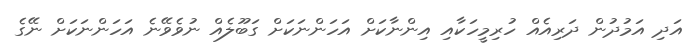
އަދި އަމުދުން ދަރިއެއް ހުރިމީހަކާއި އިންނާކަށް އަހަންނަކަށް ގަބޫލެއް ނުވެވޭނެ އަހަންނަކަށް ނޭގެ